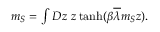
\begin{array} { r } { m _ { S } = \int D z ~ z \operatorname { t a n h } ( \beta \overline { { \lambda } } m _ { S } z ) . } \end{array}